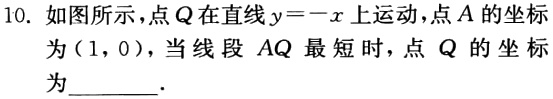
10. 如图所示，点\(Q\)在直线\(y = -x\)上运动，点\(A\)的坐标为\((1,0)\)，当线段 \(AQ\) 最短时，点 \(Q\) 的坐标为  ．